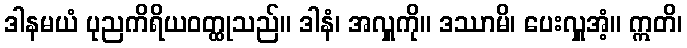
ဒါနမယံ ပုညကိရိယဝတ္ထုသည်။ ဒါနံ၊ အလှူကို။ ဒဿာမိ၊ ပေးလှူအံ့။ ဣတိ၊